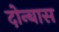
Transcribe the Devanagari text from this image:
दोन्बास